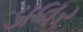
ડાલર